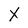
Character: X